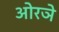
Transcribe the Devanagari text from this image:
ओरञे